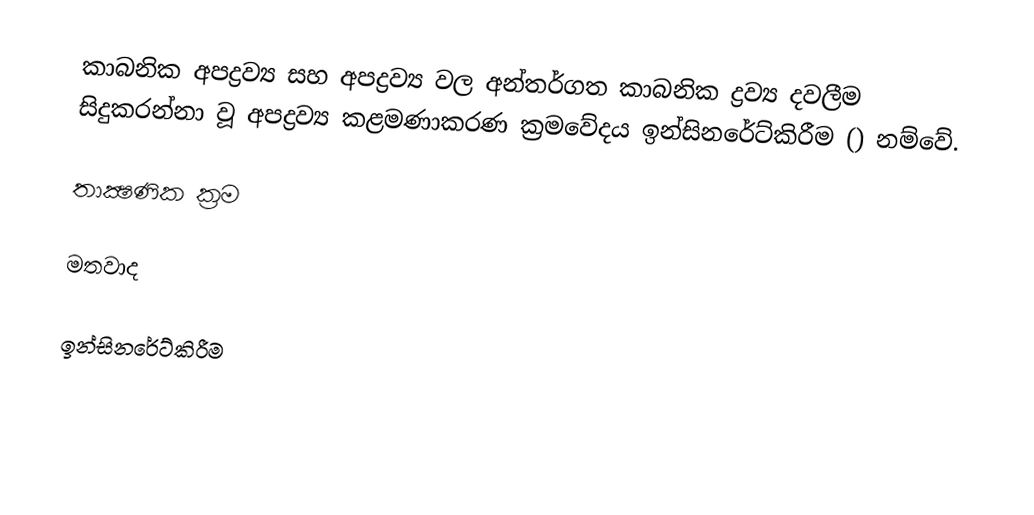
කාබනික අපද්‍රව්‍ය සහ අපද්‍රව්‍ය වල අන්තර්ගත කාබනික ද්‍රව්‍ය දවලීම සිදුකරන්නා වූ අපද්‍රව්‍ය කළමණාකරණ ක්‍රමවේදය ඉන්සිනරේට්කිරීම () නම්වේ.

තාක්‍ෂණික ක්‍රම

මතවාද

ඉන්සිනරේට්කිරීම